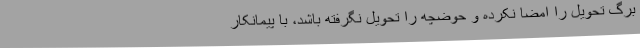
برگ تحویل را امضا نکرده و حوضچه را تحویل نگرفته باشد، با پیمانکار